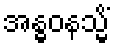
အန္ဓဝနသ္မိံ